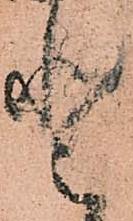
登